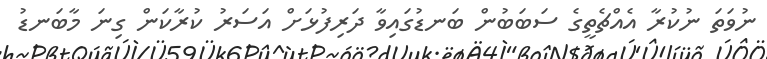
ނުވަތަ ނުކުރާ އެއްޗެތީގެ ސަބަބުން ބަނޑުގައިވާ ދަރިފުޅަށް އަސަރު ކުރާކަން ގިނަ މާބަނޑު